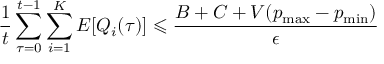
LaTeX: { \frac { 1 } { t } } \sum _ { \tau = 0 } ^ { t - 1 } \sum _ { i = 1 } ^ { K } E [ Q _ { i } ( \tau ) ] \leqslant { \frac { B + C + V ( p _ { \operatorname* { m a x } } - p _ { \operatorname* { m i n } } ) } { \epsilon } }